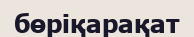
бөріқарақат